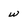
Character: w